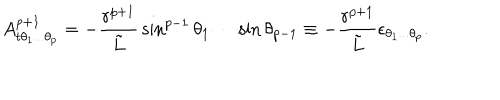
A _ { t \theta _ { 1 } . . . \theta _ { p } } ^ { p + 1 } = - { \frac { r ^ { p + 1 } } { \tilde { L } } } \sin ^ { p - 1 } \theta _ { 1 } \cdots \sin \theta _ { p - 1 } \equiv - { \frac { r ^ { p + 1 } } { \tilde { L } } } \epsilon _ { \theta _ { 1 } . . . \theta _ { p } } .